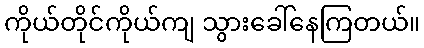
ကိုယ်တိုင်ကိုယ်ကျ သွားခေါ်နေကြတယ်။